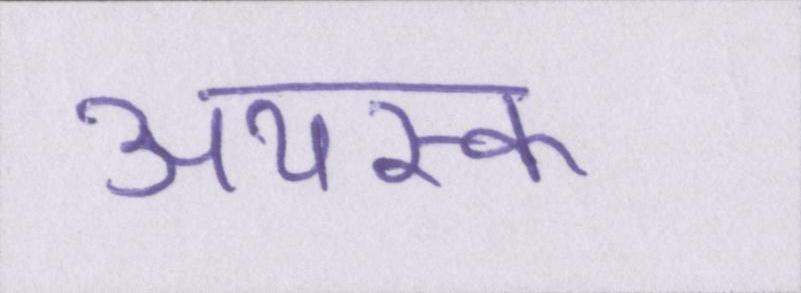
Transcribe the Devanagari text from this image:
अयस्क